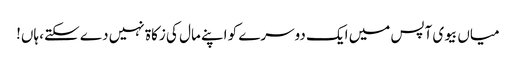
میاں بیوی آپس میں ایک دوسرے کو اپنے مال کی زکاۃ نہیں دے سکتے، ہاں!